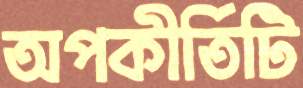
অপকীর্তিটি